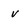
Character: v